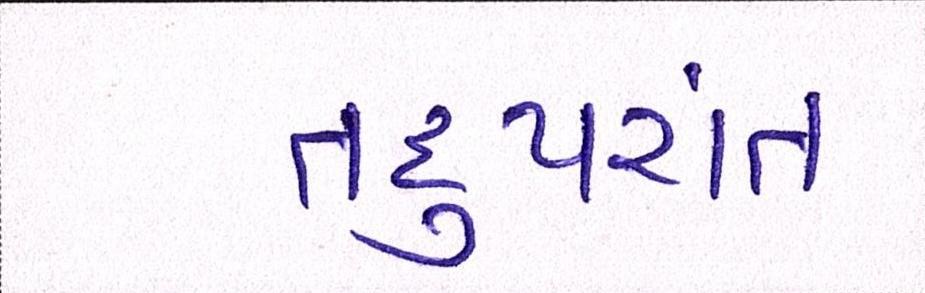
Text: તદુપરાંત